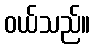
ဝယ်သည်။